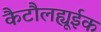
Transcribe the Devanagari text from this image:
कैटौलह्यूईक